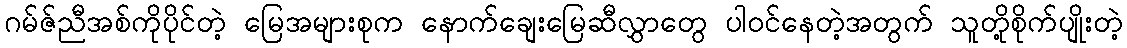
ဂမ်ဇ်ညီအစ်ကိုပိုင်တဲ့ မြေအများစုက နောက်ချေးမြေဆီလွှာတွေ ပါဝင်နေတဲ့အတွက် သူတို့စိုက်ပျိုးတဲ့